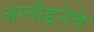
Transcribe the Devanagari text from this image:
अन्तोइनेत्ते